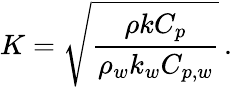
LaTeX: K=\sqrt{\frac{\rho kC_{p}}{\rho_{w}k_{w}C_{p,w}}}\, .